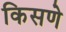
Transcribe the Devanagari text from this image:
किसणे